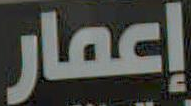
إعمار